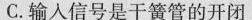
C.输入信号是干簧管的开闭